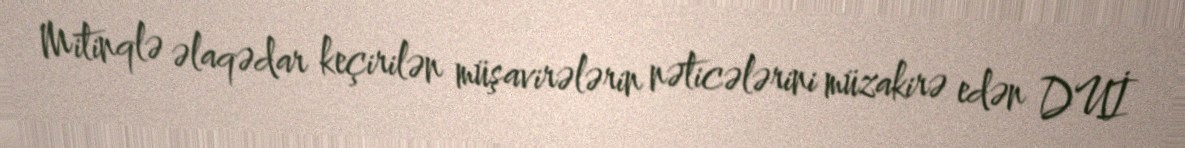
Mitinqlə əlaqədar keçirilən müşavirələrin nəticələrini müzakirə edən DUİ